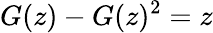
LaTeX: G(z)-G(z)^{2}=z